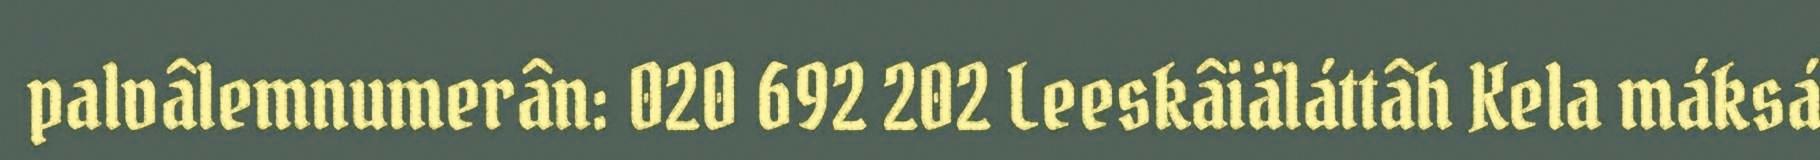
palvâlemnumerân: 020 692 202 Leeskâiäláttâh Kela máksá